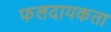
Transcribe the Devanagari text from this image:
फलदायकता